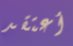
أعتقد